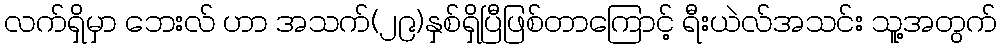
လက်ရှိမှာ ဘေးလ် ဟာ အသက်(၂၉)နှစ်ရှိပြီဖြစ်တာကြောင့် ရီးယဲလ်အသင်း သူ့အတွက်